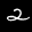
Label: 2